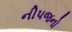
નીપજનો